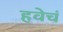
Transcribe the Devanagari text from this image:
हवेचं